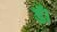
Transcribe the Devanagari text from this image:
डॅा